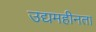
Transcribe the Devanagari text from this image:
उद्यमहीनता